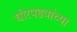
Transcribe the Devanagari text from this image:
घोरपड्यांच्या